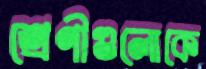
শ্রেণীগুলোকে